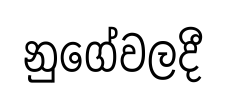
නුගේවලදී